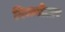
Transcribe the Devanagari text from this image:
विन्ध्योत्तर